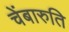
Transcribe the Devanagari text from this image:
चेंबारुति